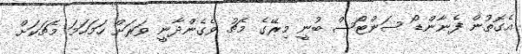
އެގޮތުން ފެނާންޑޯ ސަންޓޯސް ބުނީ މިރޭގެ މެޗު ވެގެންދާނީ ވަރަށް ހަމަހަމަ މެޗަކަށް